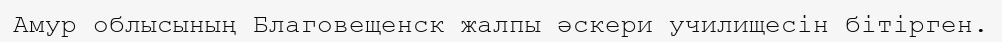
Амур облысының Благовещенск жалпы әскери училищесін бітірген.